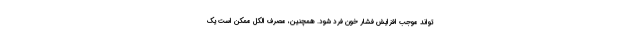
تواند موجب افزایش فشار خون فرد شود. همچنین، مصرف الکل ممکن است یک